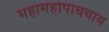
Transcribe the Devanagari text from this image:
महामहोपाधयाय